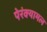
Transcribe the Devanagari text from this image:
पेरंक्यामल